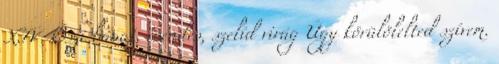
XIV. Őszi bánat, csendes, szelíd virág Úgy körülölelted szívem.